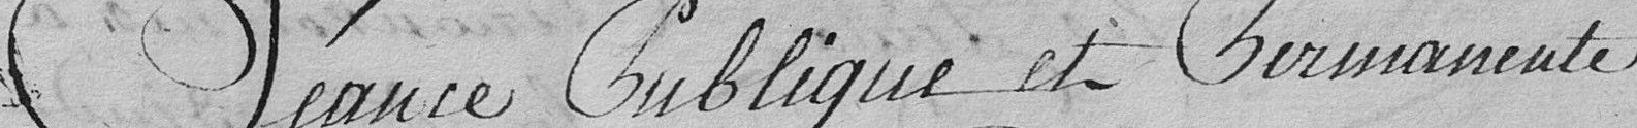
Séance publique et permanente